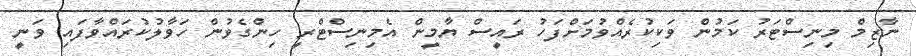
ނާޒިމް މިނިސްޓަރު ކަމުން ވަކިކުރެއްވުމަށްފަހު ރައީސް ޔާމީން އެމިނިސްޓްރީ ހިންގެވުން ހަވާލުކުރައްވާފައި ވަނީ